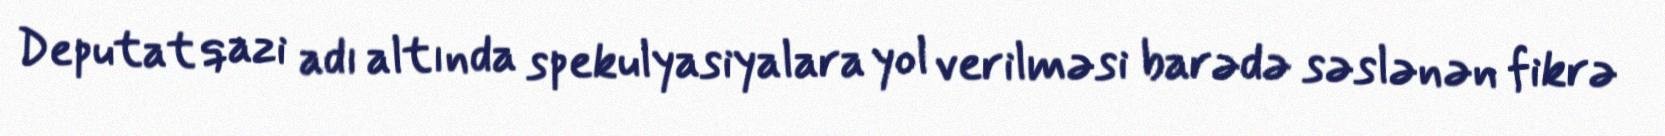
Deputat qazi adı altında spekulyasiyalara yol verilməsi barədə səslənən fikrə